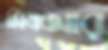
সিএআর